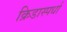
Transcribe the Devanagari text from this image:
क्रिडास्पर्धा